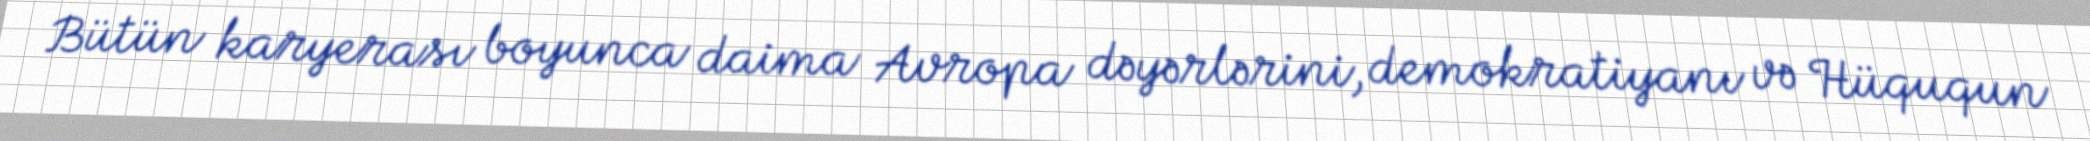
Bütün karyerası boyunca daima Avropa dəyərlərini, demokratiyanı və Hüququn